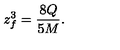
z _ { f } ^ { 3 } = { \frac { 8 Q } { 5 M } } .